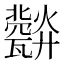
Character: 𤮪